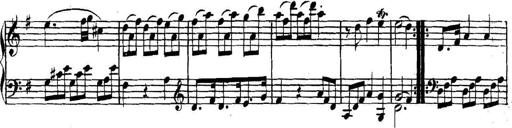
Title: Collected Piano Sonatas
Composer: Muzio Clementi